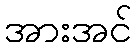
အားအင်